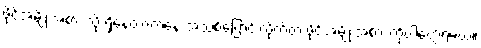
ဖိုင်အမျိုးအစား လို့ ရှိနေတာကနေ အသစ်ပြောင်းလိုက်တဲ့ ဖိုင်အမျိုးအစား ကိုပါတွေ့ရမယ်။